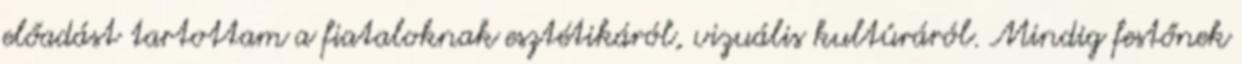
előadást tartottam a fiataloknak esztétikáról, vizuális kultúráról. Mindig festőnek